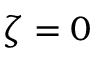
\zeta = 0